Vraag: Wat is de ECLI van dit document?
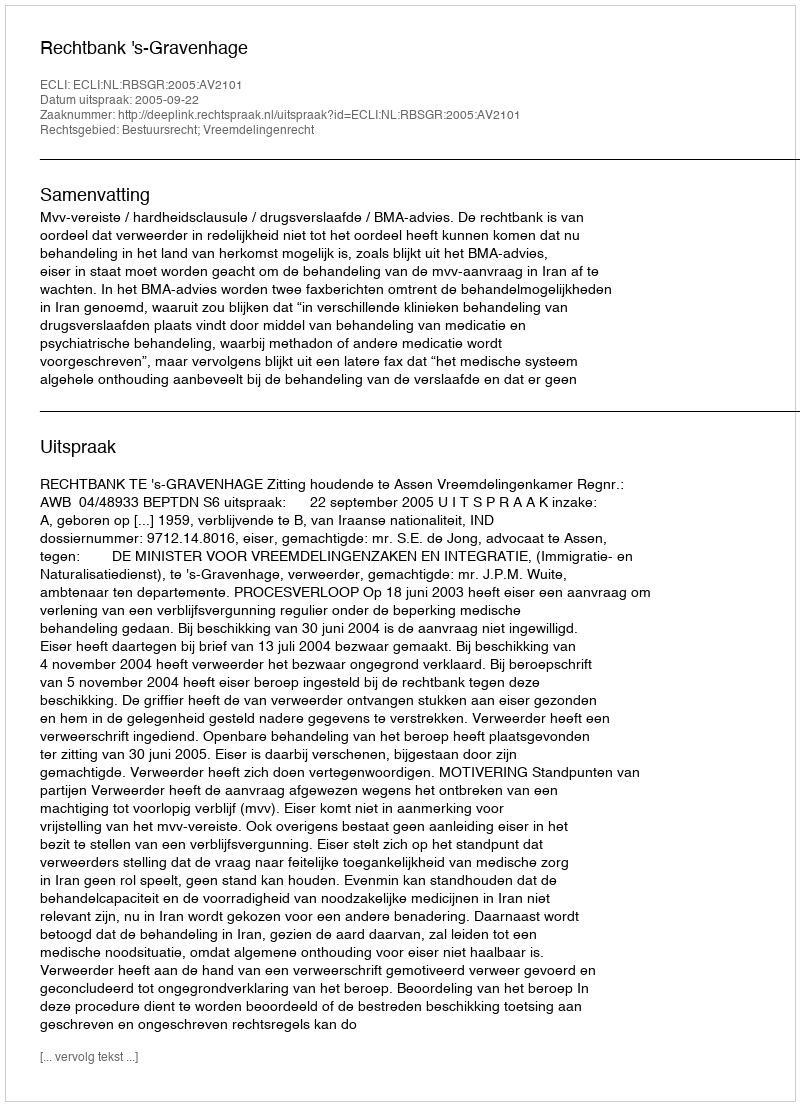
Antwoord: ECLI:NL:RBSGR:2005:AV2101